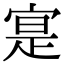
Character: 寔